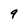
Character: 9